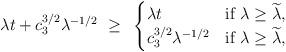
LaTeX: \begin{align*}\lambda t + c_3^{3/2}\lambda^{-1/2}~\geq~\begin{cases}\lambda t &\textrm{if } \lambda \ge \widetilde\lambda,\\ c_3^{3/2}\lambda^{-1/2} &\textrm{if } \lambda \ge \widetilde\lambda,\end{cases}\end{align*}